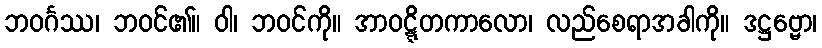
ဘဝင်္ဂဿ၊ ဘဝင်၏။ ဝါ၊ ဘဝင်ကို။ အာဝဋ္ဋိတကာလော၊ လည်စေရာအခါကို။ ဒဋ္ဌဗ္ဗော၊